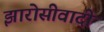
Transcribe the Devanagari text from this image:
झारोसीवादी